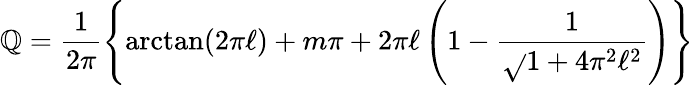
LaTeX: \mathbb{Q}=\frac{{1}}{{2\pi}}\left\{ {\arctan}(2{\pi}{\ell})+m\pi+2{\pi}{\ell}\left(1-\frac{{1}}{{\sqrt{}{{1+4{\pi}^{2}{\ell}^{2}}}}}\right)\right\}